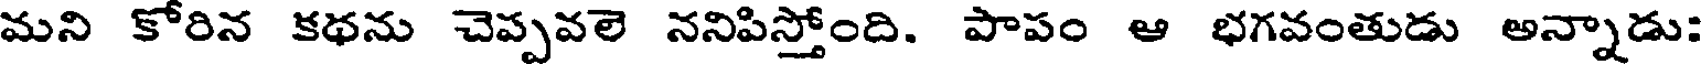
మని కోరిన కథను చెప్పవలె ననిపిస్తోంది. పాపం ఆ భగవంతుడు అన్నాడు: